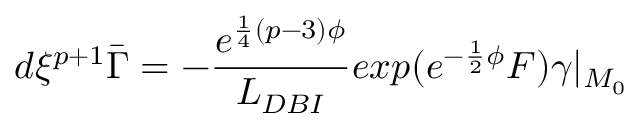
d \xi ^ { p + 1 } \bar { \Gamma } = - { \frac { e ^ { { \frac { 1 } { 4 } } ( p - 3 ) \phi } } { L _ { D B I } } } e x p ( e ^ { { - { \frac { 1 } { 2 } } \phi } } { \cal F } ) \gamma \vert _ { { \cal M } _ { 0 } }